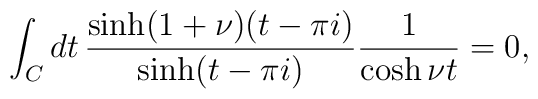
\int_C dt\,\frac{\sinh(1+\nu)(t-\pi i)}{\sinh(t-\pi i)}\frac{1}{\cosh \nu t}=0,